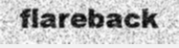
flareback